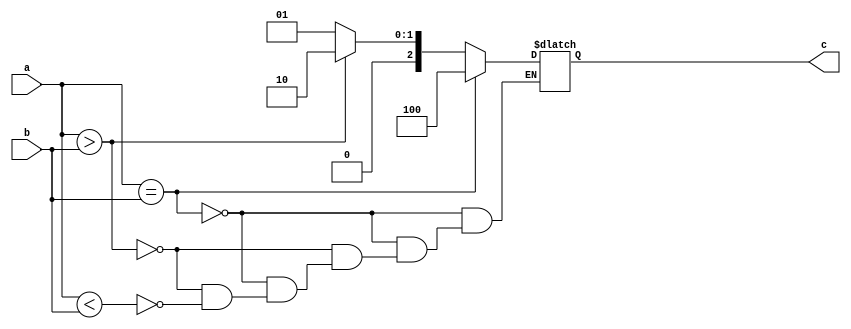
module mag_comparator(input [3:0]a, input [3:0]b, output [2:0]c);
	reg c;
	always@ (a or b)
		begin
			if(a==b) c=3'b100;
			else if(a>b) c=3'b010;
			else if(a<b) c=3'b001;
		end
endmodule